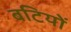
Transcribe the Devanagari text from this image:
बटियों